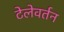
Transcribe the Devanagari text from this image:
टेलेवर्तन